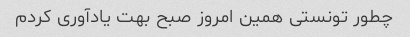
چطور تونستی همین امروز صبح بهت یادآوری کردم